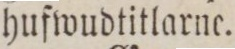
hufwudtitlarne.